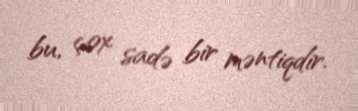
bu, çox sadə bir məntiqdir.